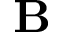
\mathbf { B }